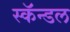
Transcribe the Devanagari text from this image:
स्कॅन्डल